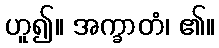
ဟူ၍။ အက္ခာတံ၊ ၏။